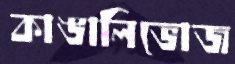
কাঙালিভোজ